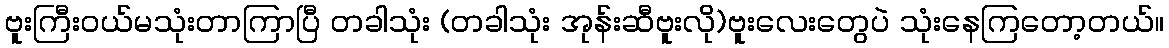
ဗူးကြီးဝယ်မသုံးတာကြာပြီ တခါသုံး (တခါသုံး အုန်းဆီဗူးလို)ဗူးလေးတွေပဲ သုံးနေကြတော့တယ်။